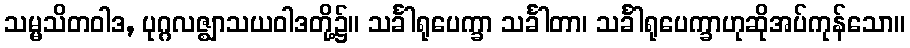
သမ္မသိတဝါဒ, ပုဂ္ဂလဇ္ဈာသယဝါဒတို့၌။ သင်္ခါရုပေက္ခာ သင်္ခါတာ၊ သင်္ခါရုပေက္ခာဟုဆိုအပ်ကုန်သော။